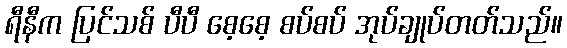
ရီနီက ပြင်သစ် ပီပီ စေ့စေ့ စပ်စပ် အုပ်ချုပ်တတ်သည်။